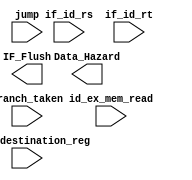
module Hazard_detection(
    input id_ex_mem_read,
    input [4:0]id_ex_destination_reg,
    input [4:0] if_id_rs, if_id_rt,
    input branch_taken, jump,
    output reg Data_Hazard,
    output reg IF_Flush
    );
    
    always @(*)  
    begin
        
	// Copy the code of this module from the lab manual.  
	
    end
endmodule